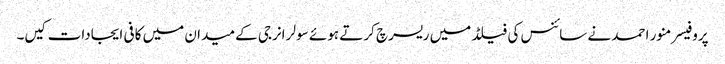
پروفیسر منور احمد نے سائنس کی فیلڈ میں ریسرچ کرتے ہوئے سولر انرجی کے میدان میں کافی ایجادات کیں۔